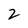
Character: 2